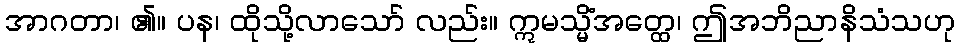
အာဂတာ၊ ၏။ ပန၊ ထိုသို့လာသော် လည်း။ ဣမသ္မိံအတ္ထေ၊ ဤအဘိညာနိသံသဟု